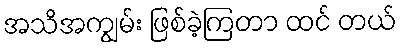
အသိအကျွမ်း ဖြစ်ခဲ့ကြတာ ထင် တယ်